Etiology and epidemiology of plague
Disease focus: Plague
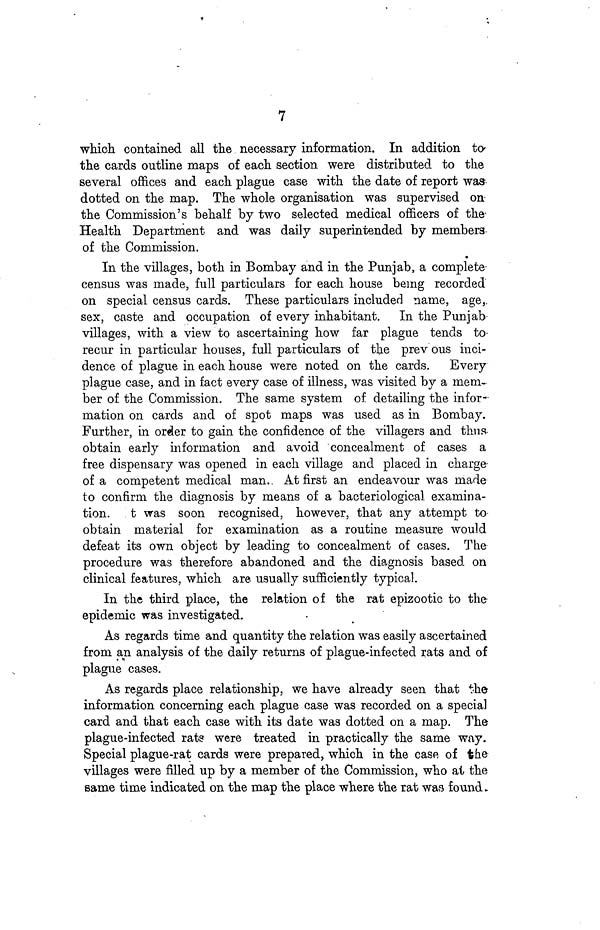
7
which contained all the necessary information. In addition to
the cards outline maps of each section were distributed to the
several offices and each plague case with the date of report was-
dotted on the map. The whole organisation was supervised on
the Commission's behalf by two selected medical officers of the-
Health Department and was daily superintended by members
of the Commission.
In the villages, both in Bombay and in the Punjab, a complete
census was made, full particulars for each house being recorded
on special census cards. These particulars included name, age,
sex, caste and occupation of every inhabitant. In the Punjab
villages, with a view to ascertaining how far plague tends to-
recur in particular houses, full particulars of the prev ous inci-
dence of plague in each house were noted on the cards. Every
plague case, and in fact every case of illness, was visited by a mem-
ber of the Commission. The same system of detailing the infor-
mation on cards and of spot maps was used as in Bombay.
Further, in order to gain the confidence of the villagers and thus,
obtain early information and avoid concealment of cases a
free dispensary was opened in each village and placed in charge
of a competent medical man. At first an endeavour was made
to confirm the diagnosis by means of a bacteriological examina-
tion. t was soon recognised, however, that any attempt to
obtain material for examination as a routine measure would
defeat its own object by leading to concealment of cases. The
procedure was therefore abandoned and the diagnosis based on
clinical features, which are usually sufficiently typical.
In the third place, the relation of the rat epizootic to the
epidemic was investigated.
As regards time and quantity the relation was easily ascertained
from an analysis of the daily returns of plague-infected rats and of
plague cases.
As regards place relationship, we have already seen that the
information concerning each plague case was recorded on a special
card and that each case with its date was dotted on a map. The
plague-infected rats were treated in practically the same way.
Special plague-rat cards were prepared, which in the case of the
villages were filled up by a member of the Commission, who at the
same time indicated on the map the place where the rat was found-